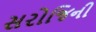
સરોજિની